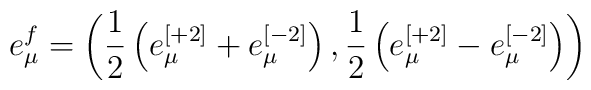
e^f_\mu = \left( {1 \over 2}  \left(e^{[+2]}_\mu + e^{[-2]}_\mu\right) , {1 \over 2} \left(e^{[+2]}_\mu - e^{[-2]}_\mu\right)\right)